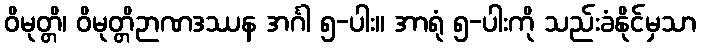
ဝိမုတ္တိ၊ ဝိမုတ္တိဉာဏဒဿန အင်္ဂါ ၅-ပါး။ အာရုံ ၅-ပါးကို သည်းခံနိုင်မှသာ